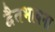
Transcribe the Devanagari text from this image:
द्वैतभावना